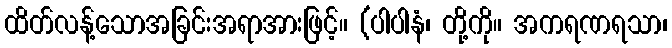
ထိတ်လန့်သောအခြင်းအရာအားဖြင့်။ (ပါပါနံ၊ တို့ကို။ အကရဏရသာ၊